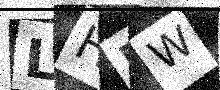
Text: LH5W